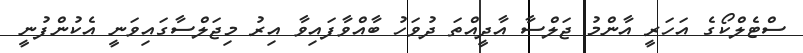
ސްޓެލްކޯގެ އަހަރީ އާންމު ޖަލްސާ އާދީއްތަ ދުވަހު ބާއްވާފައިވާ އިރު މިޖަލްސާގައިވަނީ އެކުންފުނީ